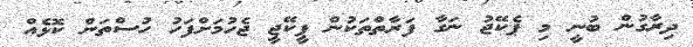
ދިރާގުން ބުނީ މި ޕެކޭޖު ނަގާ ފަރާތްތަކުން ޕީކޭޖީ ޖެހުމަށްފަހު ހުސްތަން ކޮޅެއް